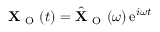
\mathbf { X } _ { \mathrm { ~ O ~ } } ( t ) = \hat { \mathbf { X } } _ { \mathrm { ~ O ~ } } ( \omega ) \, \mathrm { e } ^ { i \omega t }